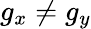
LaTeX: g_{x}\neq g_{y}